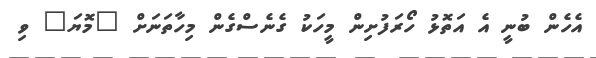
އެހެން ބުނީ އެ އަތޮޅު ހޯރަފުށިން މީހަކު ގެނެސްގެން މިހާތަނަށް "މޮޔަ" ވި